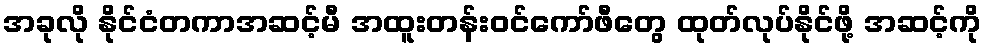
အခုလို နိုင်ငံတကာအဆင့်မီ အထူးတန်းဝင်ကော်ဖီတွေ ထုတ်လုပ်နိုင်ဖို့ အဆင့်ကို